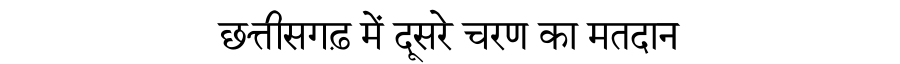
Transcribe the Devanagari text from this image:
छत्तीसगढ़ में दूसरे चरण का मतदान